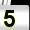
Digit: 5